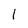
Character: 1